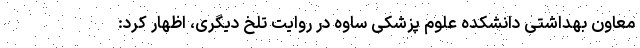
معاون بهداشتی دانشکده علوم پزشکی ساوه در روایت تلخ دیگری، اظهار کرد: